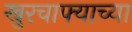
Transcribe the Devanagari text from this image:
खुरचाफ्याच्या